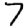
Digit: 7